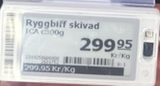
Vara: Ryggbiff skivad
Genomsnittspris: 299.95 per kg